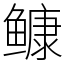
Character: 𩾌